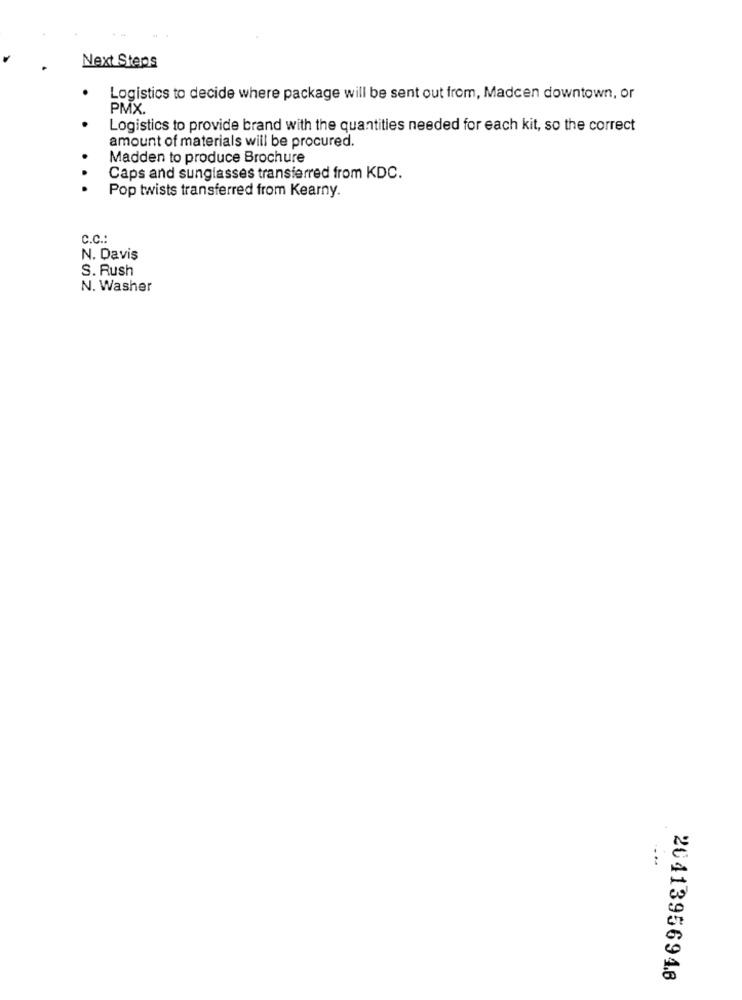
Next Steps
Logistics to decide where package will be sent out from, Madcen downtown, or
PMX.
Logistics to provide brand with the quantities needed for each kit, so the correct
amount of materials will be procured.
Madden to produce Brochure
Caps and sunglasses transferred from KDC.
.
Pop twists transferred from Kearny.
C.C .:
N. Davis
S. Rush
N. Washer
20413956946